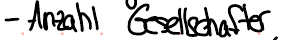
- Anzahl Gesellschafter